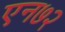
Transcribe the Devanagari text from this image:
एन७२